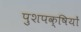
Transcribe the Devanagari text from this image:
पुशपक्षियों